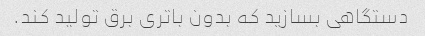
دستگاهی بسازید که بدون باتری برق تولید کند.